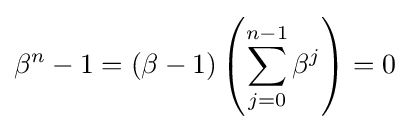
\beta ^{n}-1=(\beta -1)\left(\sum _{j=0}^{n-1}\beta ^{j}\right)=0